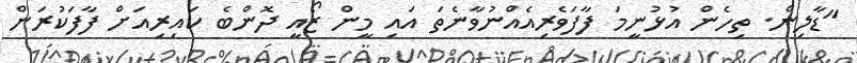
"ޑާލިން. ތިހެން އުޅުނީމަ ފާފަވެރިއެއްނުވާނެތަ އައި މީން ޒޯއީ ދޮންބެ ކައިރިއަށް ފާފަކުރަން